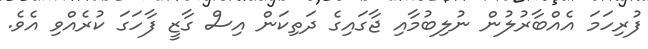
ފުރިހަމަ އެއްބާރުލުން ނުލިބުމާއި ޖާގައިގެ ދަތިކަން އިސް ގާޒީ ފާހަގަ ކުރެއްވި އެވެ.